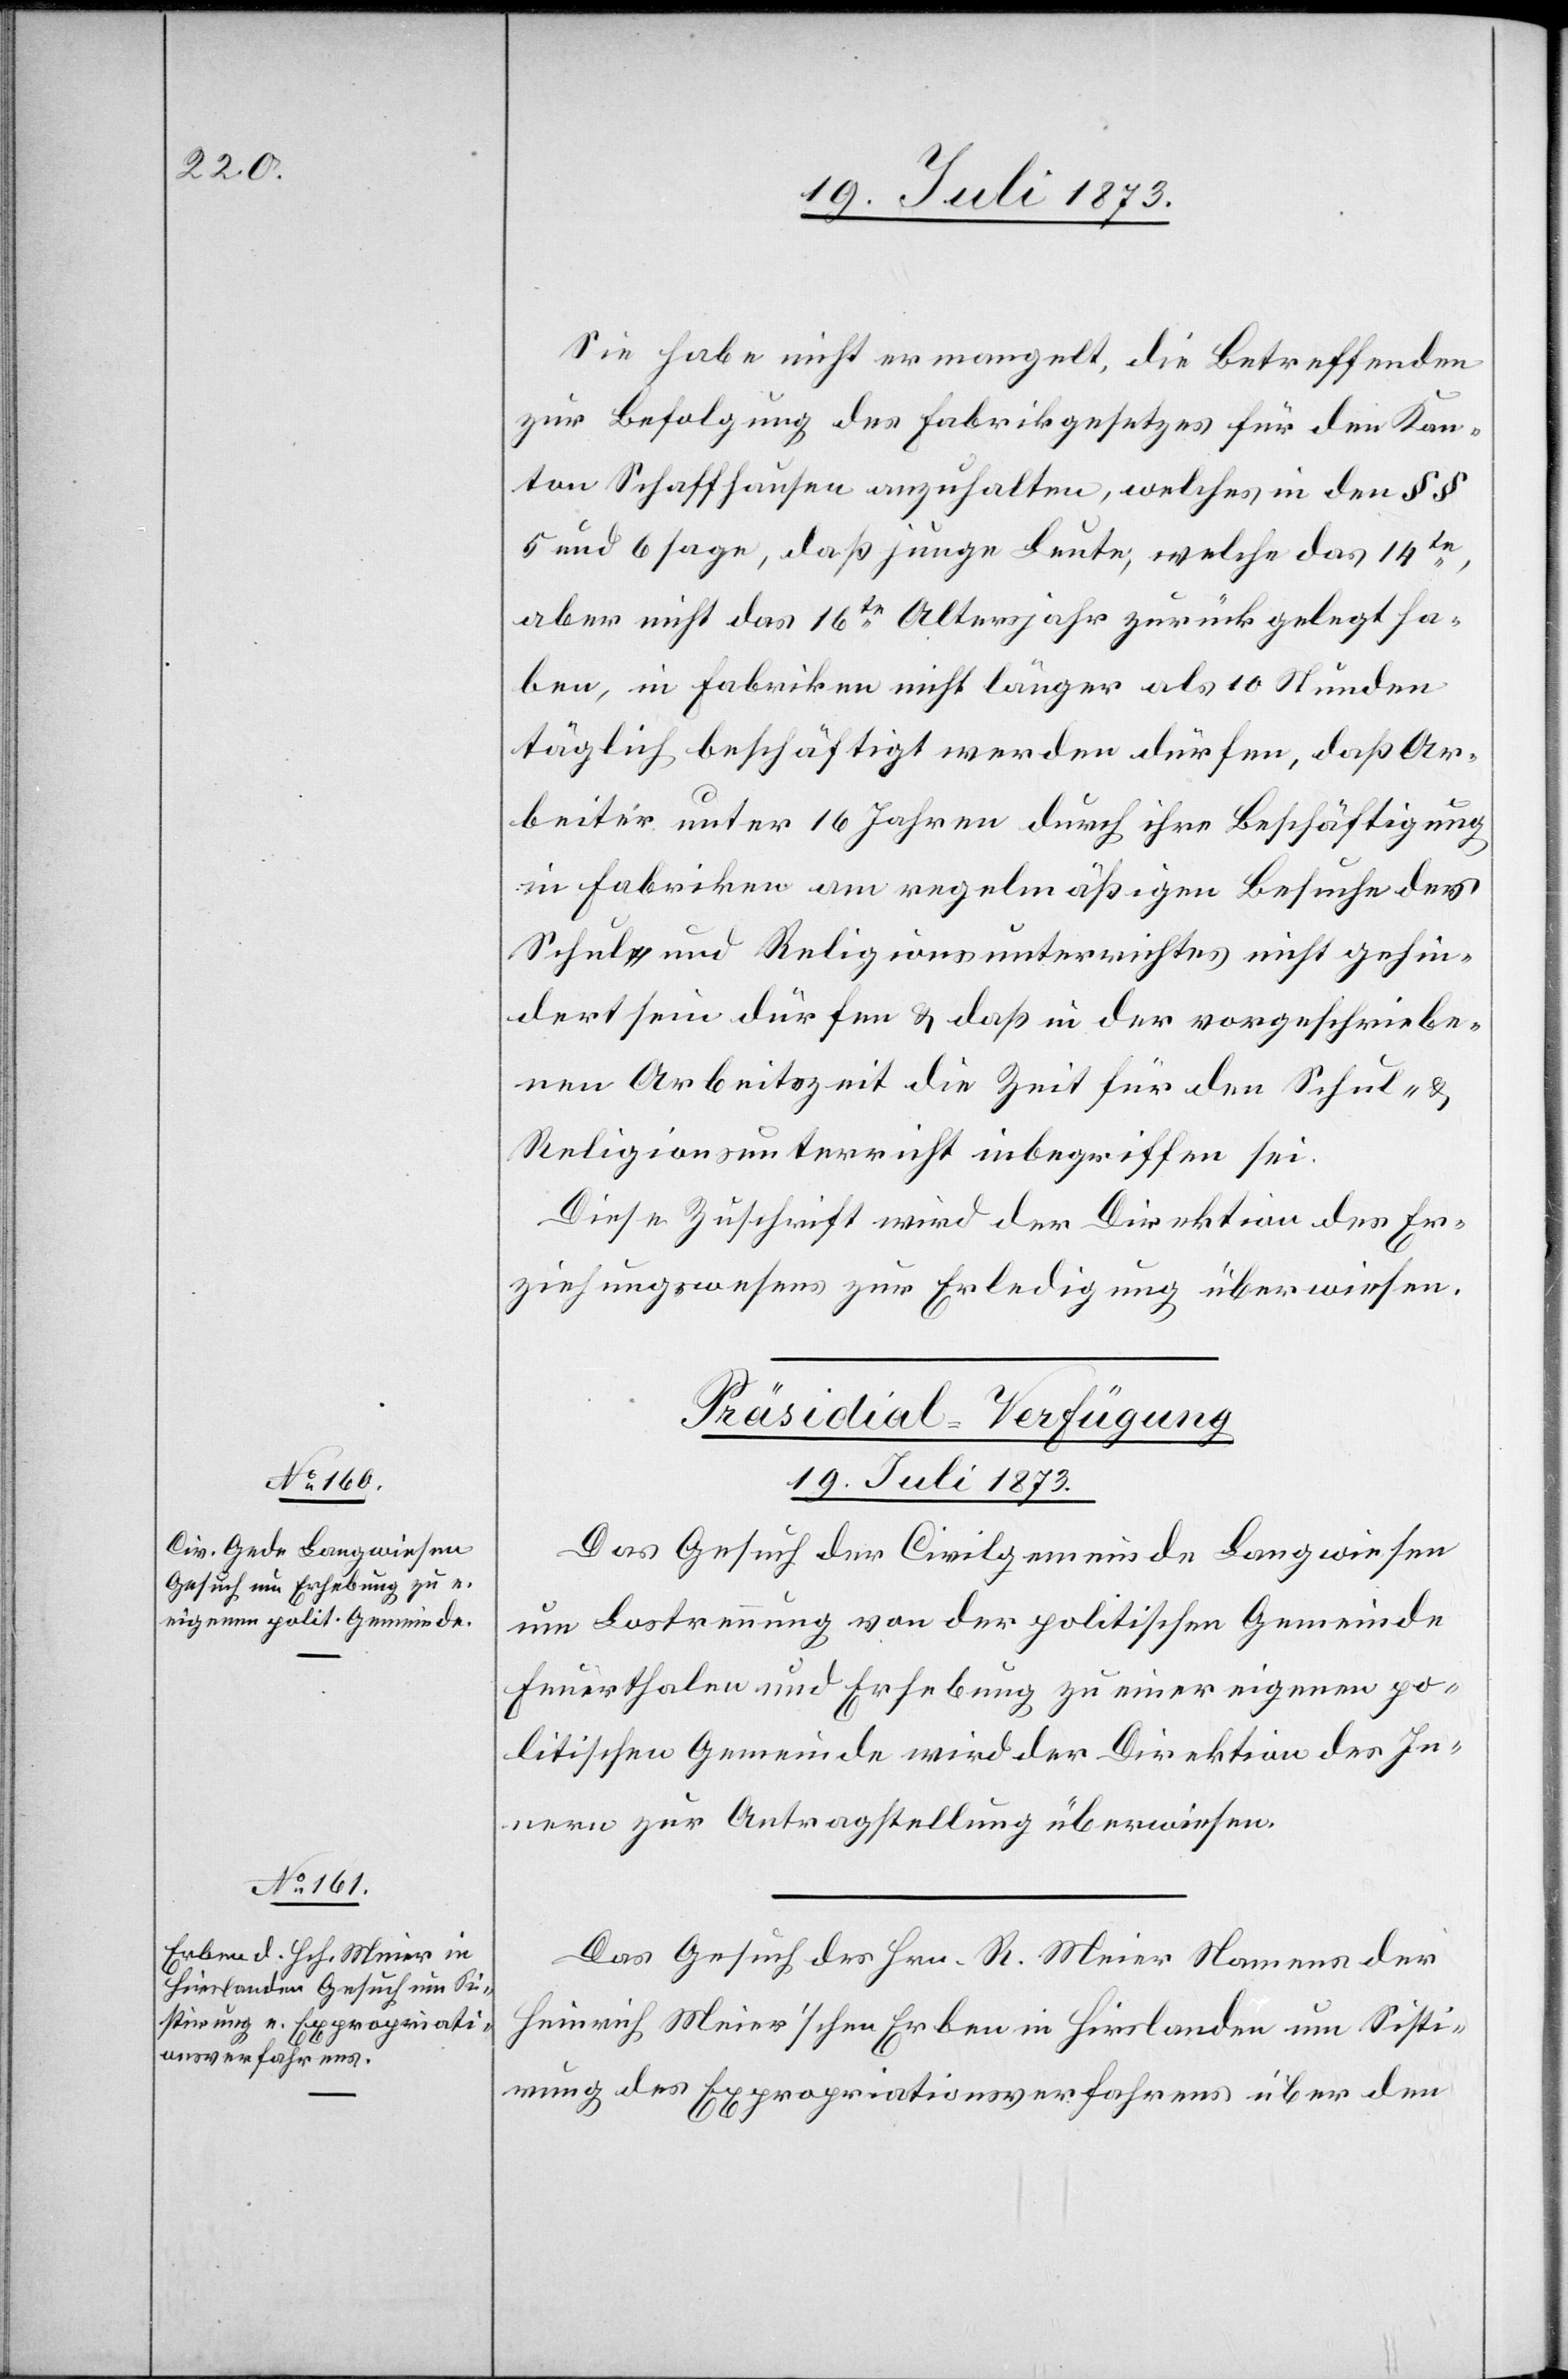
Sie habe nicht ermangelt, die Betreffenden
zur Befolgung des Fabrikgesetzes für den Kan¬
ton Schaffhausen anzuhalten, welches in den § §
5 und 6 sage, daß junge Leute, welche das 14te,
aber nicht das 16te Altersjahr zurückgelegt ha¬
ben, in Fabriken nicht länger als 10 Stunden
täglich beschäftigt werden dürfen, daß Ar¬
beiter unter 16 Jahren durch ihre Beschäftigung
in Fabriken am regelmäßigen Besuche des
Schul- und Religionsunterrichtes nicht gehin¬
dert sein dürfen & daß in der vorgeschriebe¬
nen Arbeitszeit die Zeit für den Schul- &
Religionsunterricht inbegriffen sei.
Diese Zuschrift wird der Direktion des Er¬
ziehungswesens zur Erledigung überwiesen.
[Präsidial-Verfügung
19. Juli 1873.]
Das Gesuch der Civilgemeinde Langwiesen
um Lostrennung von der politischen Gemeinde
Feuerthalen und Erhebung zu einer eigenen po¬
litischen Gemeinde wird der Direktion des In¬
nern zur Antragstellung überwiesen.
Das Gesuch des Hrn. R. Meier Namens der
Heinrisch Meier’schen Erben in Hirslanden um Sisti¬
rung des Expropriationsverfahrens über den